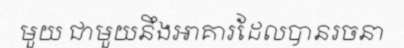
មួយ ជាមួយនឹងអាគារដែលបានរចនា